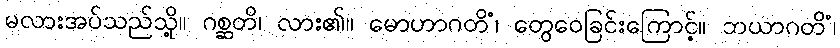
မလားအပ်သည်သို့။ ဂစ္ဆတိ၊ လား၏။ မောဟာဂတိံ၊ တွေဝေခြင်းကြောင့်။ ဘယာဂတိံ၊